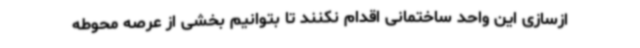
ازسازی این واحد ساختمانی اقدام نکنند تا بتوانیم بخشی از عرصه محوطه